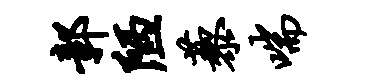
鄣陋藜喘